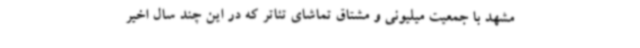
مشهد با جمعیت میلیونی و مشتاق تماشای تئاتر که در این چند سال اخیر